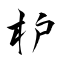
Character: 枦